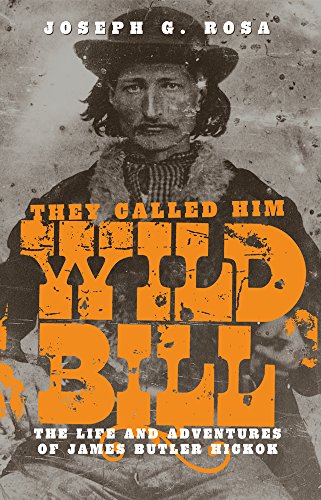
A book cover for They Called Him Wild Bill: The Life and Adventures of James Butler Hickok; Joseph G. Rosa; Biographies & Memoirs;